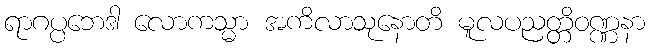
ရာဂပ္ပဘေဒါ လောကသ္မာ အကိလာသုနောတိ မူလပညတ္တိဝဏ္ဏနာ